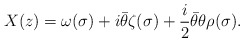
\begin{align*}X(z)=\omega(\sigma)+i{\bar \theta}\zeta(\sigma)+\frac{i}{2}{\bar \theta}\theta \rho(\sigma).\end{align*}